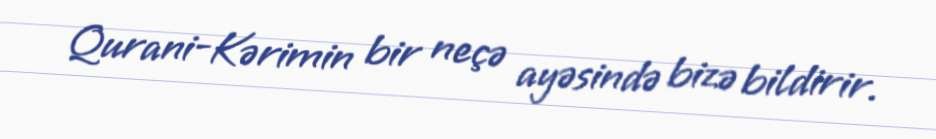
Qurani-Kərimin bir neçə ayəsində bizə bildirir.